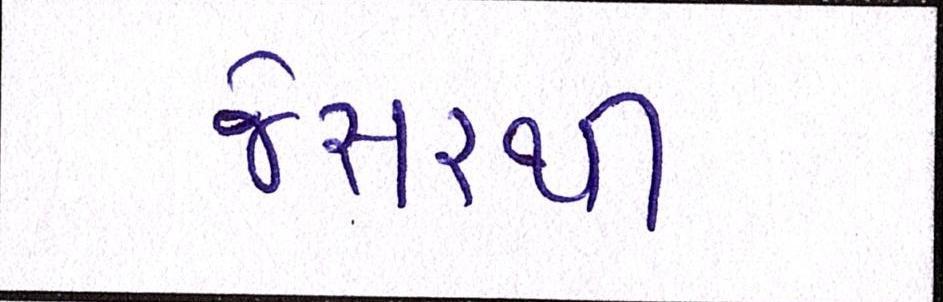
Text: જેસરથી